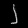
Digit: ၂